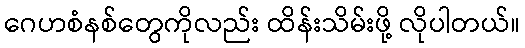
ဂေဟစံနစ်တွေကိုလည်း ထိန်းသိမ်းဖို့ လိုပါတယ်။